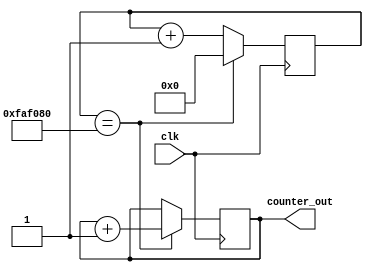
module counter(clk,counter_out);
input clk;
output reg [3:0]counter_out; 

reg [23:0]count; 

initial begin
	counter_out = 4'b0000;
	count = 24'd0;
end

always@(posedge clk) begin
	if(count == 24'd50000000) begin
		counter_out <= counter_out + 1'b1;
		count <= 24'd0;
	end else count <= count + 1'b1;
end
endmodule